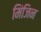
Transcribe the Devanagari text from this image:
मिंजिन